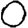
Digit: 0